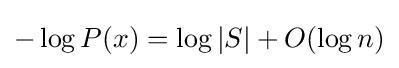
-\log P(x)=\log |S|+O(\log n)